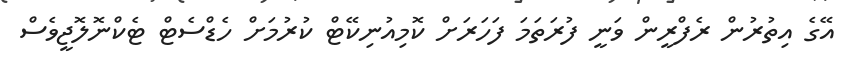
އޭގެ އިތުރުން ރެފްރީން ވަނީ ފުރަތަމަ ފަހަރަށް ކޮމިއުނިކޭޓް ކުރުމަށް ހެޑްސެޓް ޓެކްނޮލޮޖީވެސް